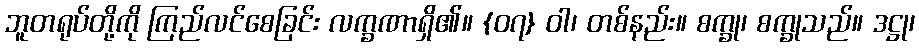
ဘူတရုပ်တို့ကို ကြည်လင်စေခြင်း လက္ခဏာရှိ၏။ {၀၇} ဝါ၊ တစ်နည်း။ စက္ခု၊ စက္ခုသည်။ ဒဋ္ဌု၊